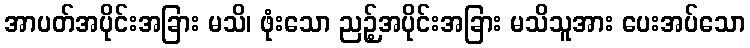
အာပတ်အပိုင်းအခြား မသိ၊ ဖုံးသော ညဉ့်အပိုင်းအခြား မသိသူအား ပေးအပ်သော